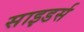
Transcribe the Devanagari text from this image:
साइडर्स